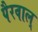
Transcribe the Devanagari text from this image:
पैरवाल्